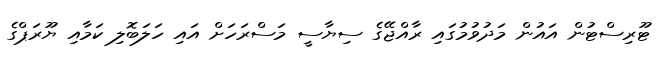
ޓޫރިސްޓުން އައުން މަދުވުމުގައި ރާއްޖޭގެ ސިޔާސީ މަސްރަހަށް އައި ހަލަބޮލި ކަމާއި ޔޫރަޕްގެ